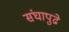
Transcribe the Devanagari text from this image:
संघापुढे